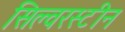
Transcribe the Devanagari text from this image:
सिल्वरस्टीन